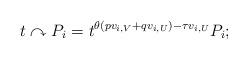
LaTeX: \begin{align*}t\curvearrowright P_i=t^{\theta (pv_{i,V}+qv_{i,U})-\tau v_{i,U}}P_i;\end{align*}